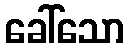
ခေါ်သော